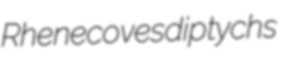
Rhene coves diptychs